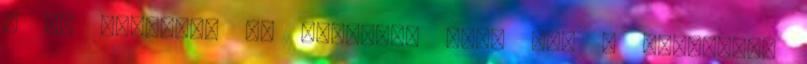
s ez meghozta az egyetlen gólt is. A házigazda